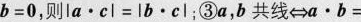
b = 0$$，则$$l a · c l = l b · c l$$；③a，b共线⇔$$a · b =